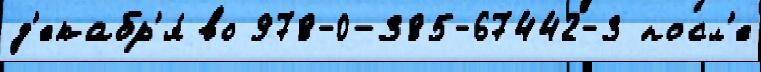
д'екабр'я́ во 978-0-385-67442-3 посл'е